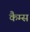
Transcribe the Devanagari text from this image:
कैम्स